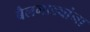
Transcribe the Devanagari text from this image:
बैलगाड्यांना